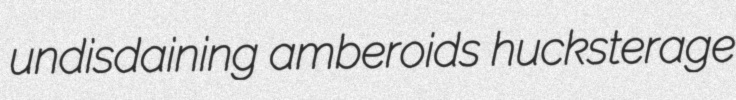
undisdaining amberoids hucksterage